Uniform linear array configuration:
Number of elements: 24
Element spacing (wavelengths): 1
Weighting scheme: blackman
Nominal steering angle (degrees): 45
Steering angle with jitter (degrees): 45.324
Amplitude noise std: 0.05
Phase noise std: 0.05

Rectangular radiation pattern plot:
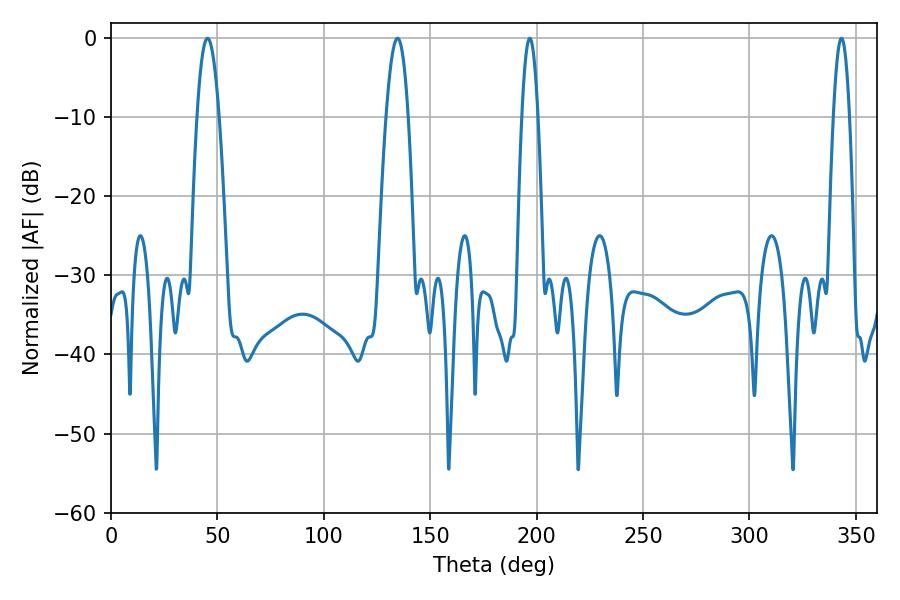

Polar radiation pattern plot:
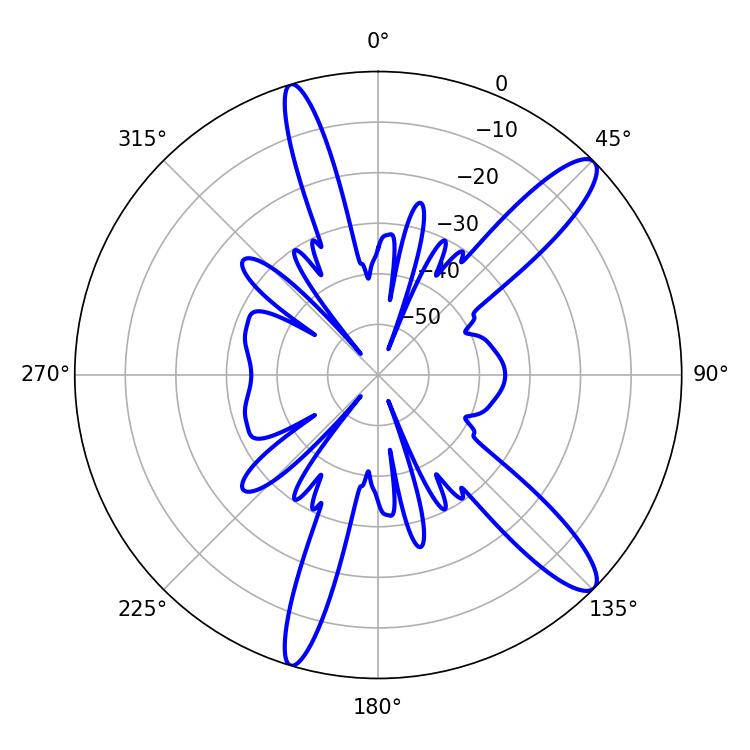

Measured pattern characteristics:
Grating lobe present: TRUE
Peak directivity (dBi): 12.701
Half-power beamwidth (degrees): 5.58
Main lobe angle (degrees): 134.64